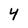
Character: 4